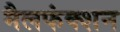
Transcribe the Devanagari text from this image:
मैलफंक्शन